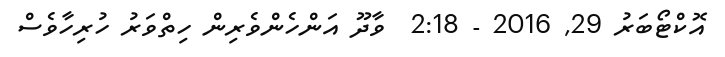
އޮކްޓޯބަރު 29